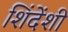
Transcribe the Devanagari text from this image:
शिंदेंशी